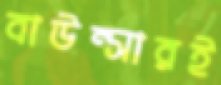
বাউন্সারই